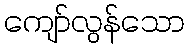
ကျော်လွန်သော